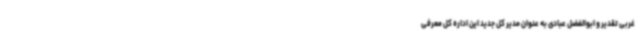
غربی تقدیر و ابوالفضل عبادی به عنوان مدیر کل جدید این اداره کل معرفی